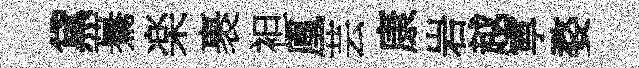
黛驀楽裹袒凰芸康岩越寕婺